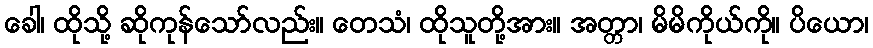
ခေါ၊ ထိုသို့ ဆိုကုန်သော်လည်း။ တေသံ၊ ထိုသူတို့အား။ အတ္တာ၊ မိမိကိုယ်ကို။ ပိယော၊